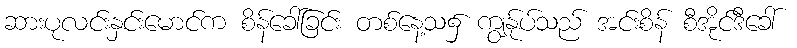
ဆားပုလင်းနှင်းမောင်က စိန်ခေါ်ခြင်း တစ်နေ့သ၌ ကျွန်ုပ်သည် အင်းစိန် စီအိုင်ဒီခေါ်